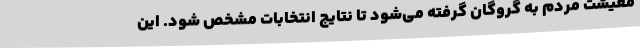
معیشت مردم به گروگان گرفته می‌شود تا نتایج انتخابات مشخص شود. این